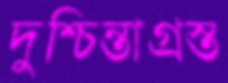
দুশ্চিন্তাগ্রস্ত